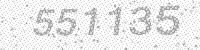
Solution: 551135